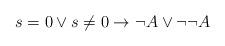
LaTeX: \begin{align*}s=0 \vee s \neq 0 \rightarrow \neg A \vee \neg\neg A \end{align*}